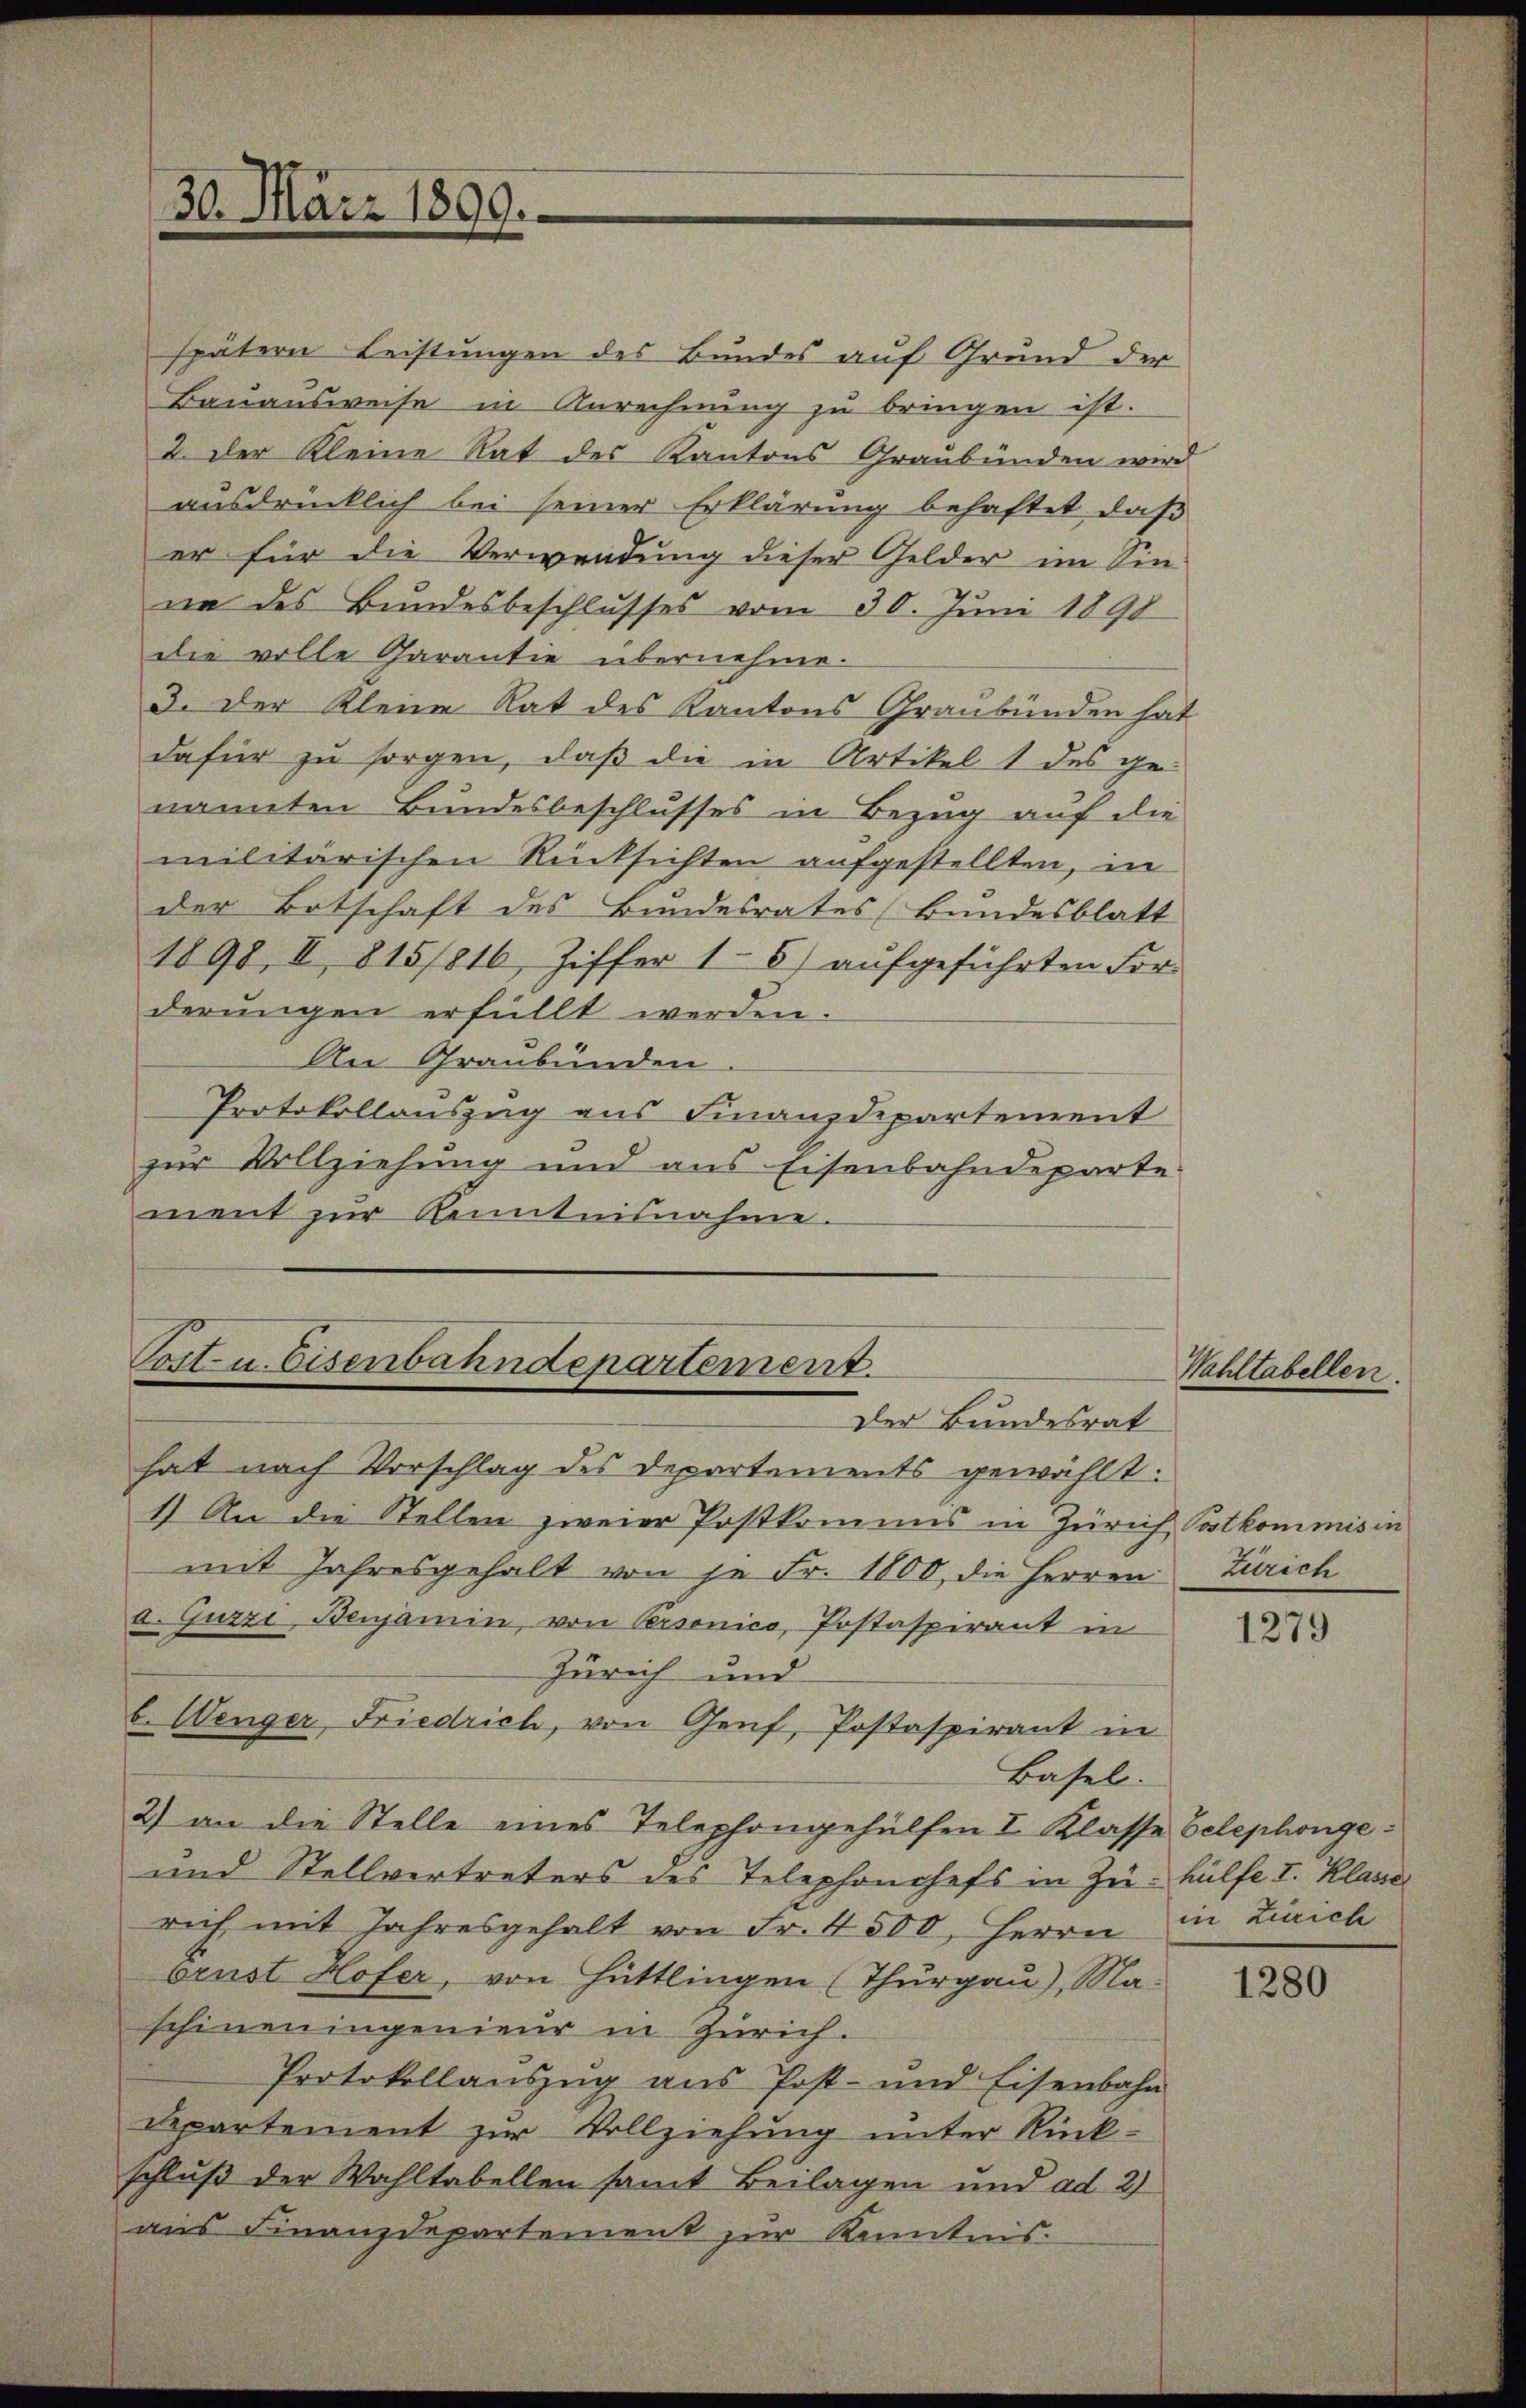
30. März 1899.

spätern Leistungen des Bundes auf Grund der
Bauausweise in Anrechnung zu bringen ist.
2. Der Kleine Rat des Kantons Graubünden wird
ausdrücklich bei seiner Erklärung behaftet, daß
er für die Verwendung dieser Gelder im Sin-
ne des Bundesbeschlusses vom 30. Juni 1890
die volle Garantie übernehme.
3. Der Kleine Rat des Kantons Graubünden hat
dafür zu sorgen, daß die in Artikel 1 des ge-
nannten Bundesbeschlusses in Bezug auf die
militärischen Rücksichten aufgestellten, in
der Botschaft des Bundesrates Bundesblatt
1898, II 815/816, Ziffer 16) aŭfgeführten For-
derŭngen erfüllt werden.
An Graubünden
Protokollauszug aus Finanzdepartement
zur Vollziehung und aus Eisenbahndeparte
ment zŭr Kenntnisnahme.

Post u. Eisenbahndepartement.
Der Bundesrat

hat nach Vorschlag des Departements gewählt:
1) An die Stellen zweier Postkommis in Zürich Postkommis in
mit Jahresgehalt von je Fr. 1800, die Herren Zürich
a. Guzzi, Benjamin, von Personico, Postaspirant in
Zürich und
b. Wenger Friedrich, von Genf, Postaspirant in
Basel.
2) an die Stelle eines Telephongehülfen I. Klasse belephonge¬
und Stellvertreters des Telephonchefs in Zu- hülfe I. Klasse
rich mit Jahresgehalt von Fr. 4500, Herrn in Zürich
brust Hofer, von Hüttlingen (Thurgau), Ma-
schinen ingenieur in Zürich.
Protokollaŭszŭg ans Post- und Eisenbahn
Departement zur Vollziehung unter Rückschluß der Wahltabellen samt Beilagen und ad 2)
aus Finanzdepartement zur Kenntnis.

Wahltabellen.

1279

1280